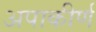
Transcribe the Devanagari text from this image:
अपाकीर्ण